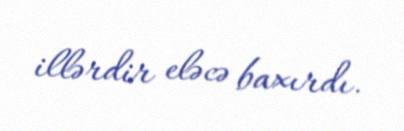
illərdir eləcə baxırdı.